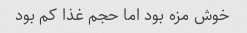
خوش مزه بود اما حجم غذا کم بود